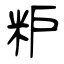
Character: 粐